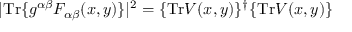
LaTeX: | \mathrm { T r } \{ g ^ { \alpha \beta } F _ { \alpha \beta } ( x , y ) \} | ^ { 2 } = \{ \mathrm { T r } V ( x , y ) \} ^ { \dagger } \{ \mathrm { T r } V ( x , y ) \}